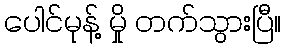
ပေါင်မုန့် မှို တက်သွားပြီ။